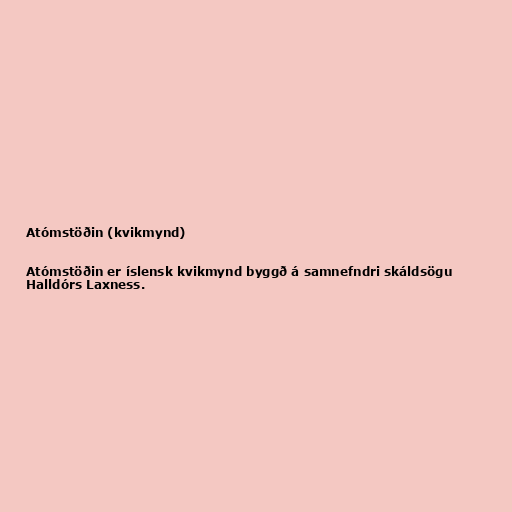
Atómstöðin (kvikmynd)

Atómstöðin er íslensk kvikmynd byggð á samnefndri skáldsögu
Halldórs Laxness.